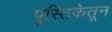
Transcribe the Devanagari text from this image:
पुस्तिकेतून